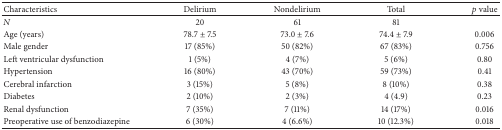
| Characteristics | Delirium | Nondelirium | Total | p value |
 | --- | --- | --- | --- | --- |
 | N | 20 | 61 | 81 |  |
 | Age (years) | 78.7 ± 7.5 | 73.0 ± 7.6 | 74.4 ± 7.9 | 0.006 |
 | Male gender | 17 (85%) | 50 (82%) | 67 (83%) | 0.756 |
 | Left ventricular dysfunction | 1 (5%) | 4 (7%) | 5 (6%) | 0.80 |
 | Hypertension | 16 (80%) | 43 (70%) | 59 (73%) | 0.41 |
 | Cerebral infarction | 3 (15%) | 5 (8%) | 8 (10%) | 0.38 |
 | Diabetes | 2 (10%) | 2 (3%) | 4 (4.9) | 0.23 |
 | Renal dysfunction | 7 (35%) | 7 (11%) | 14 (17%) | 0.016 |
 | Preoperative use of benzodiazepine | 6 (30%) | 4 (6.6%) | 10 (12.3%) | 0.018 |